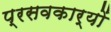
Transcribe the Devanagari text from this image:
प्रसवकार्यों